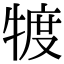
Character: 𤚡